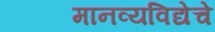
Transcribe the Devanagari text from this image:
मानव्यविद्येचे